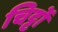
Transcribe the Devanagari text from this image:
चिट्टों